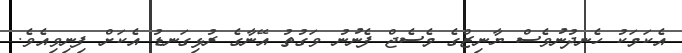
އެކަމަކު ހެނދުނުވެސް ޔާނިޒްގެ މެސެޖް ފެނުނު ވަގުތު އޭނާގެ ރުޅިގަނޑު އެކަށް ފިނިވިއެވެ.